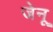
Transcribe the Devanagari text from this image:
जेनू